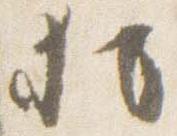
猶